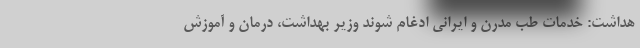
هداشت: خدمات طب مدرن و ایرانی ادغام شوند وزیر بهداشت، درمان و آموزش